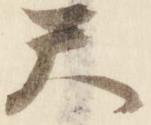
天